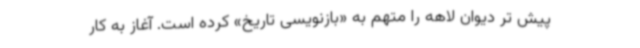
پیش تر دیوان لاهه را متهم به «بازنویسی تاریخ» کرده است. آغاز به کار